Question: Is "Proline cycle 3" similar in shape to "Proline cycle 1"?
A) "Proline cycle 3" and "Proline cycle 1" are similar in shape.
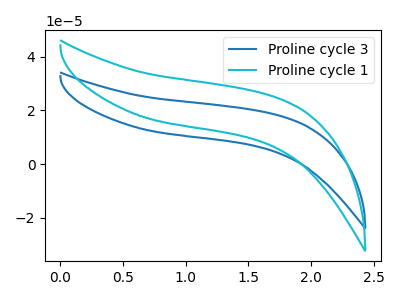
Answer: <think>The blue curve "Proline cycle 3" has no peaks. The cyan curve "Proline cycle 1" has no peaks.
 Neither "Proline cycle 3" or "Proline cycle 1" have any peaks.</think>
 <answer>A) "Proline cycle 3" and "Proline cycle 1" are similar in shape.</answer>
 <eval>A</eval>